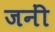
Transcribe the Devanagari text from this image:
जनीं